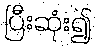
ပြီးဆုံး၍